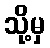
သို့မှ